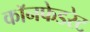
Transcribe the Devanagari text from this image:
कॉनफेडरेट